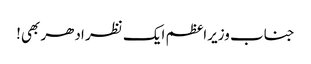
جناب وزیراعظم ایک نظر ادھر بھی!